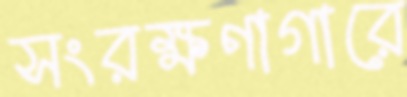
সংরক্ষণাগারে